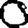
Digit: 0